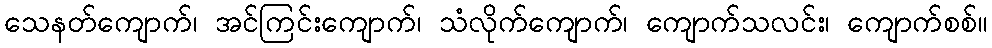
သေနတ်ကျောက်၊ အင်ကြင်းကျောက်၊ သံလိုက်ကျောက်၊ ကျောက်သလင်း၊ ကျောက်စစ်။